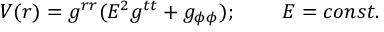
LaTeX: V ( r ) = g ^ { r r } ( E ^ { 2 } g ^ { t t } + g _ { \phi \phi } ) ; \; \; \; \; \; \; \; \; E = c o n s t .